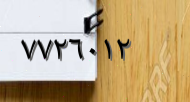
٧٧٢٦٠١٢